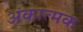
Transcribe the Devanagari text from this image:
अंकात्मक